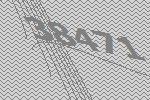
38471